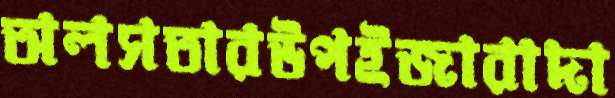
অলসতারউপইজারাদা